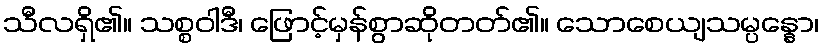
သီလရှိ၏။ သစ္စဝါဒီ၊ ဖြောင့်မှန်စွာဆိုတတ်၏။ သောစေယျသမ္ပန္နော၊